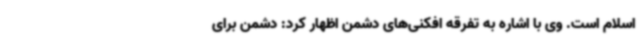
اسلام است. وی با اشاره به تفرقه افکنی‌های دشمن اظهار کرد: دشمن برای